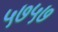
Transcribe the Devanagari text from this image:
५७५७